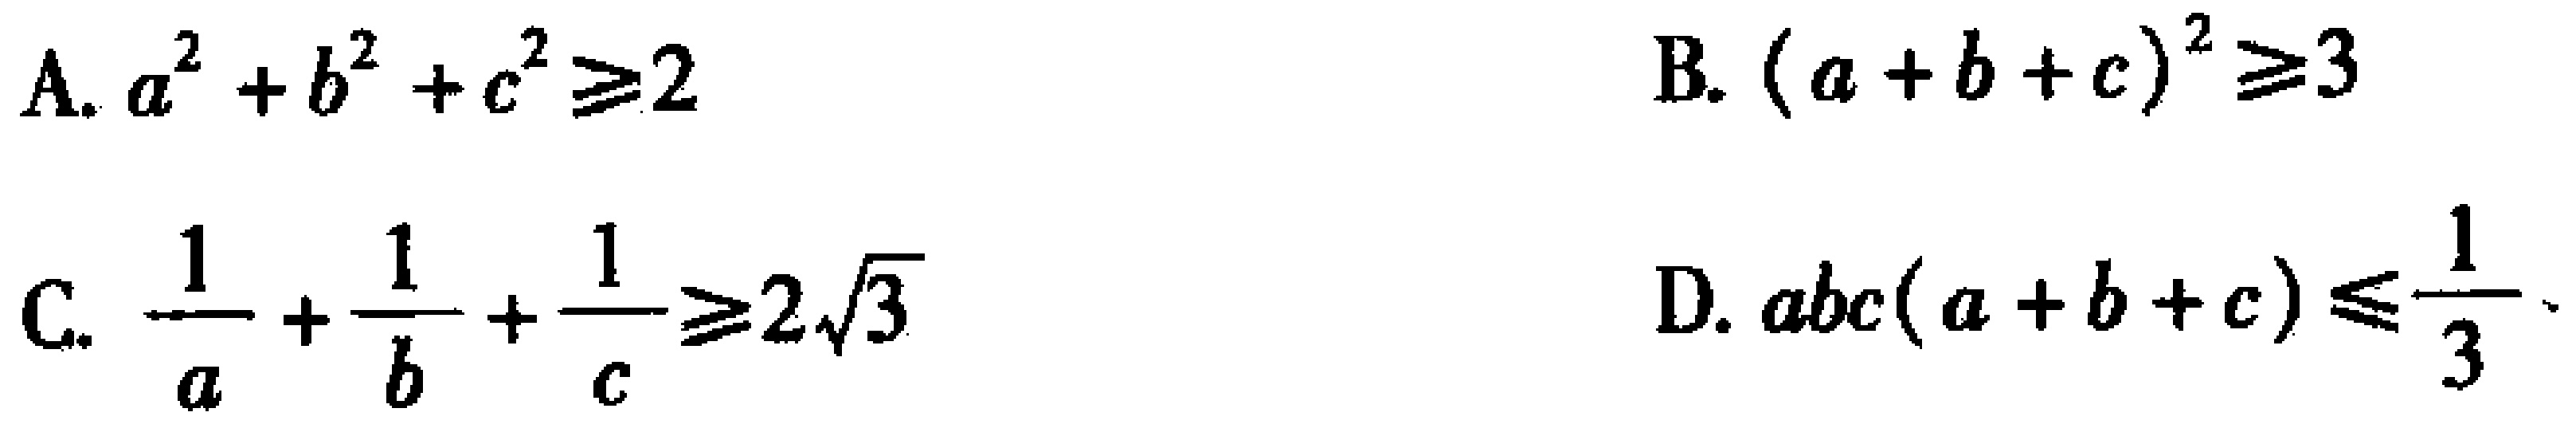
A. \(a^{2}+b^{2}+c^{2}\geq2\)  B. \((a + b + c)^{2}\geq3\)

C. \(\frac{1}{a}+\frac{1}{b}+\frac{1}{c}\geq2\sqrt{3}\)  D. \(abc(a + b + c)\leq\frac{1}{3}\)